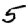
Digit: 5